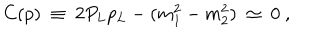
C ( p ) \ \equiv \ 2 P _ { L } p _ { L } - ( m _ { 1 } ^ { 2 } - m _ { 2 } ^ { 2 } ) \ \simeq \ 0 \ ,